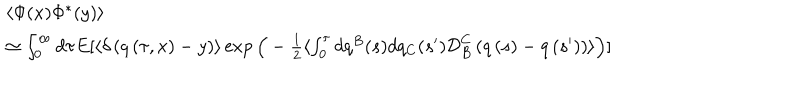
\begin{array} { l } { { \langle \Phi ( x ) \Phi ^ { * } ( y ) \rangle } } \\ { { \simeq \int _ { 0 } ^ { \infty } d \tau E [ \langle \delta \left( q \left( \tau , x \right) - y \right) \rangle \exp \Big ( - \frac { 1 } { 2 } \langle \int _ { 0 } ^ { \tau } d q ^ { B } ( s ) d q _ { C } ( s ^ { \prime } ) { \cal D } _ { B } ^ { C } \left( q \left( s \right) - q \left( s ^ { \prime } \right) \right) \rangle \Big ) ] } } \\ \end{array}